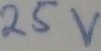
Text: 25V